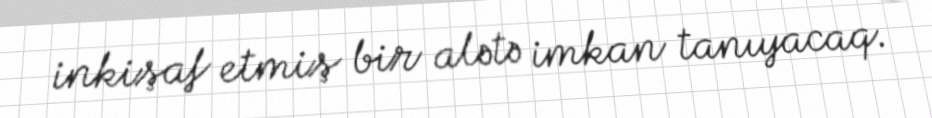
inkişaf etmiş bir alətə imkan tanıyacaq.